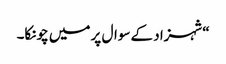
“شہزاد کے سوال پر میں چونکا۔